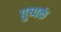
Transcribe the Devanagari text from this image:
पुष्‍पकं